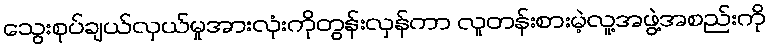
သွေးစုပ်ချယ်လှယ်မှုအားလုံးကိုတွန်းလှန်ကာ လူတန်းစားမဲ့လူ့အဖွဲ့အစည်းကို